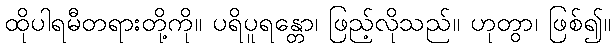
ထိုပါရမီတရားတို့ကို။ ပရိပူရန္တော၊ ဖြည့်လိုသည်။ ဟုတွာ၊ ဖြစ်၍။